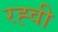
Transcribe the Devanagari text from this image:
रह्वी